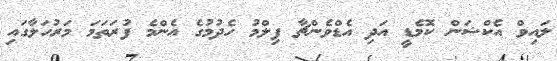
ލައިވް އެކްޝަން ކޮމެޑީ އަދި އެޑްވެންޗާ ފިލްމު ހެދުމުގެ އެންމެ ފުރަތަމަ މަރުހަލާގައި